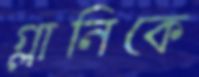
গ্লানিকে